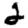
Digit: 2